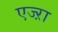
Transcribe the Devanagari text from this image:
एज्ऱा